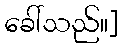
ခေါ်သည်။]